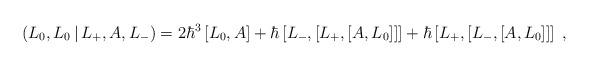
LaTeX: \begin{align*}\left( L_{0},L_{0}\,|\,L_{+},A,L_{-}\right) =2\hbar^{3}\left[L_{0},A\right] +\hbar\left[ L_{-},\left[ L_{+},\left[ A,L_{0}\right]\right] \right] +\hbar\left[ L_{+},\left[ L_{-},\left[ A,L_{0}\right]\right] \right] \;,\end{align*}